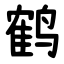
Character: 鹤